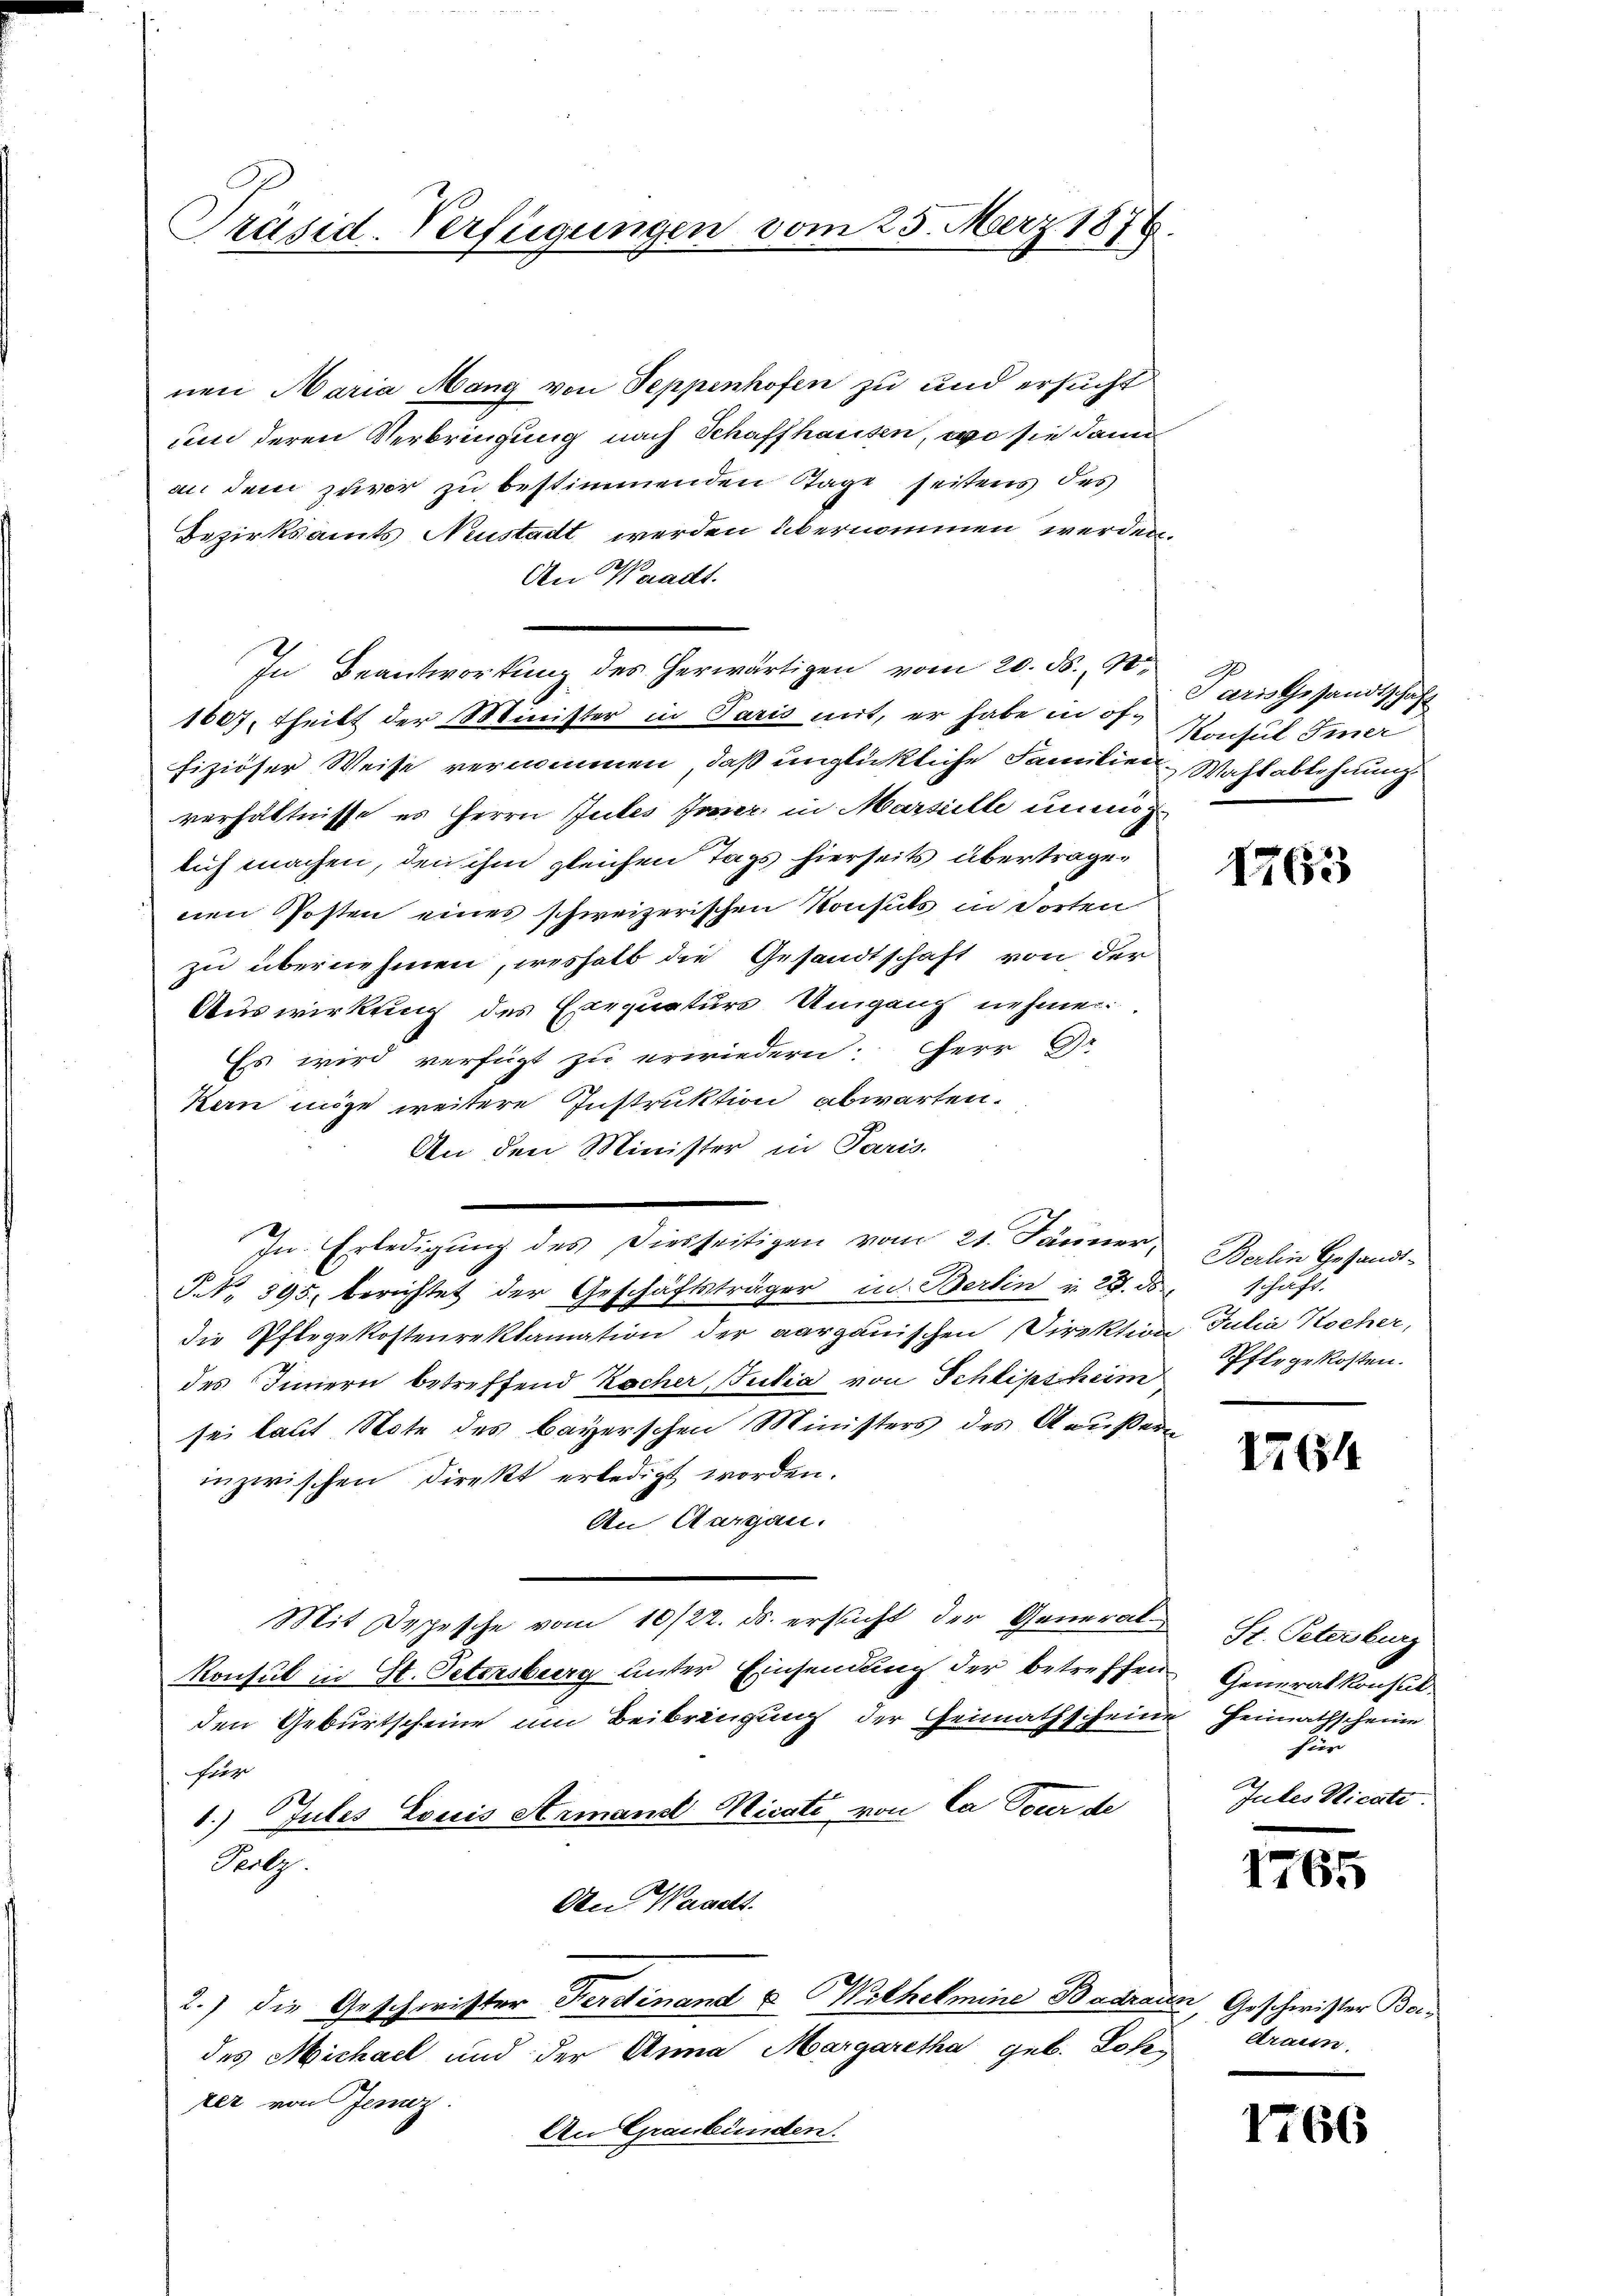
Präsid-Verfügungen vom 25. März 1876.

nen Maria Mang von Seppenhofen zu und ersucht
um deren Verbringung nach Schaffhausen, wo sie dann
an dem zuvor zu bestimmenden Tage seitens des
Bezirksamts Neustadt werden übernommen werden
An Waadt.
In Beantwortung des herwärtigen vom 20. d. 10.
1607, theilt der Minister in Paris mit, er habe in of-
fiziöser Weise vernommen, daß unglückliche Familien Wahlablehnung
verhältnisse es Herrn Jubes Jener in Marseille uner
lich machen, den ihm gleichen Tags hierseits übertragenen Posten eines schweizerischen Konsuls in Torten
zu übernehmen, weshalb die Gesandtschaft von der
Auswirkung des Exequaturs Umgang nehmen:
Es wird verfügt zu erwiedern: HHerr Gr
ken möge weitere Instruktion abwarten.
An den Minister in Paris.
In Erledigung des Diesseitigen vom 21. Jänner,
P No. 395. berichtet der Geschäftsträger in Berlin u. 28. ds
die Pflegekostenreklamation der aargauischen Direktion Julia Kocher,
des Innern betreffend Racher Julia von Schlips heim
sei laut Note des bayerschen Ministers des Aeußern
inzwischen Direkt erledigt worden.
An Aargau.
Mit Depesche vom 10/22. ds. ersucht der General-
Konsul in St. Petersburg unter Einsendung der betreffen
den Geburtscheine um Beibringung der Heimathscheine
Foege
1.) Jules Louis Armand Mieste von Ca Tour de
Peilz.
An Waadt.
2.) die Geschwister Ferstinand u Wilhelmine Badrain, Geschwister Beides Michael und der Anna Margaretha geb. Lok
zer von Jesz
An Graubünden.

Paris Gesandtschaft
Konsul Siner

1763

Berlin Gesandt-
schaft.
Pflege kosten.

164

St. Petersburg
Generalkonsul
Heimathscheine
fun
Jutes Nicate

1765

drain.

1766